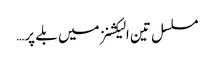
مسلسل تین الیکشنز میں بلے پر…